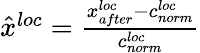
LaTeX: \begin{array}{r}{\hat{x}^{loc}=\frac{x_{after}^{loc}-c_{norm}^{loc}}{c_{norm}^{loc}}}\end{array}